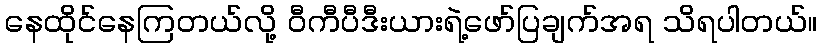
နေထိုင်နေကြတယ်လို့ ဝီကီပီဒီးယားရဲ့ဖော်ပြချက်အရ သိရပါတယ်။